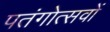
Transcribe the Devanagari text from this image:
पतंगोत्सवों